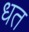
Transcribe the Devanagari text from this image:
धत